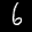
Label: 6